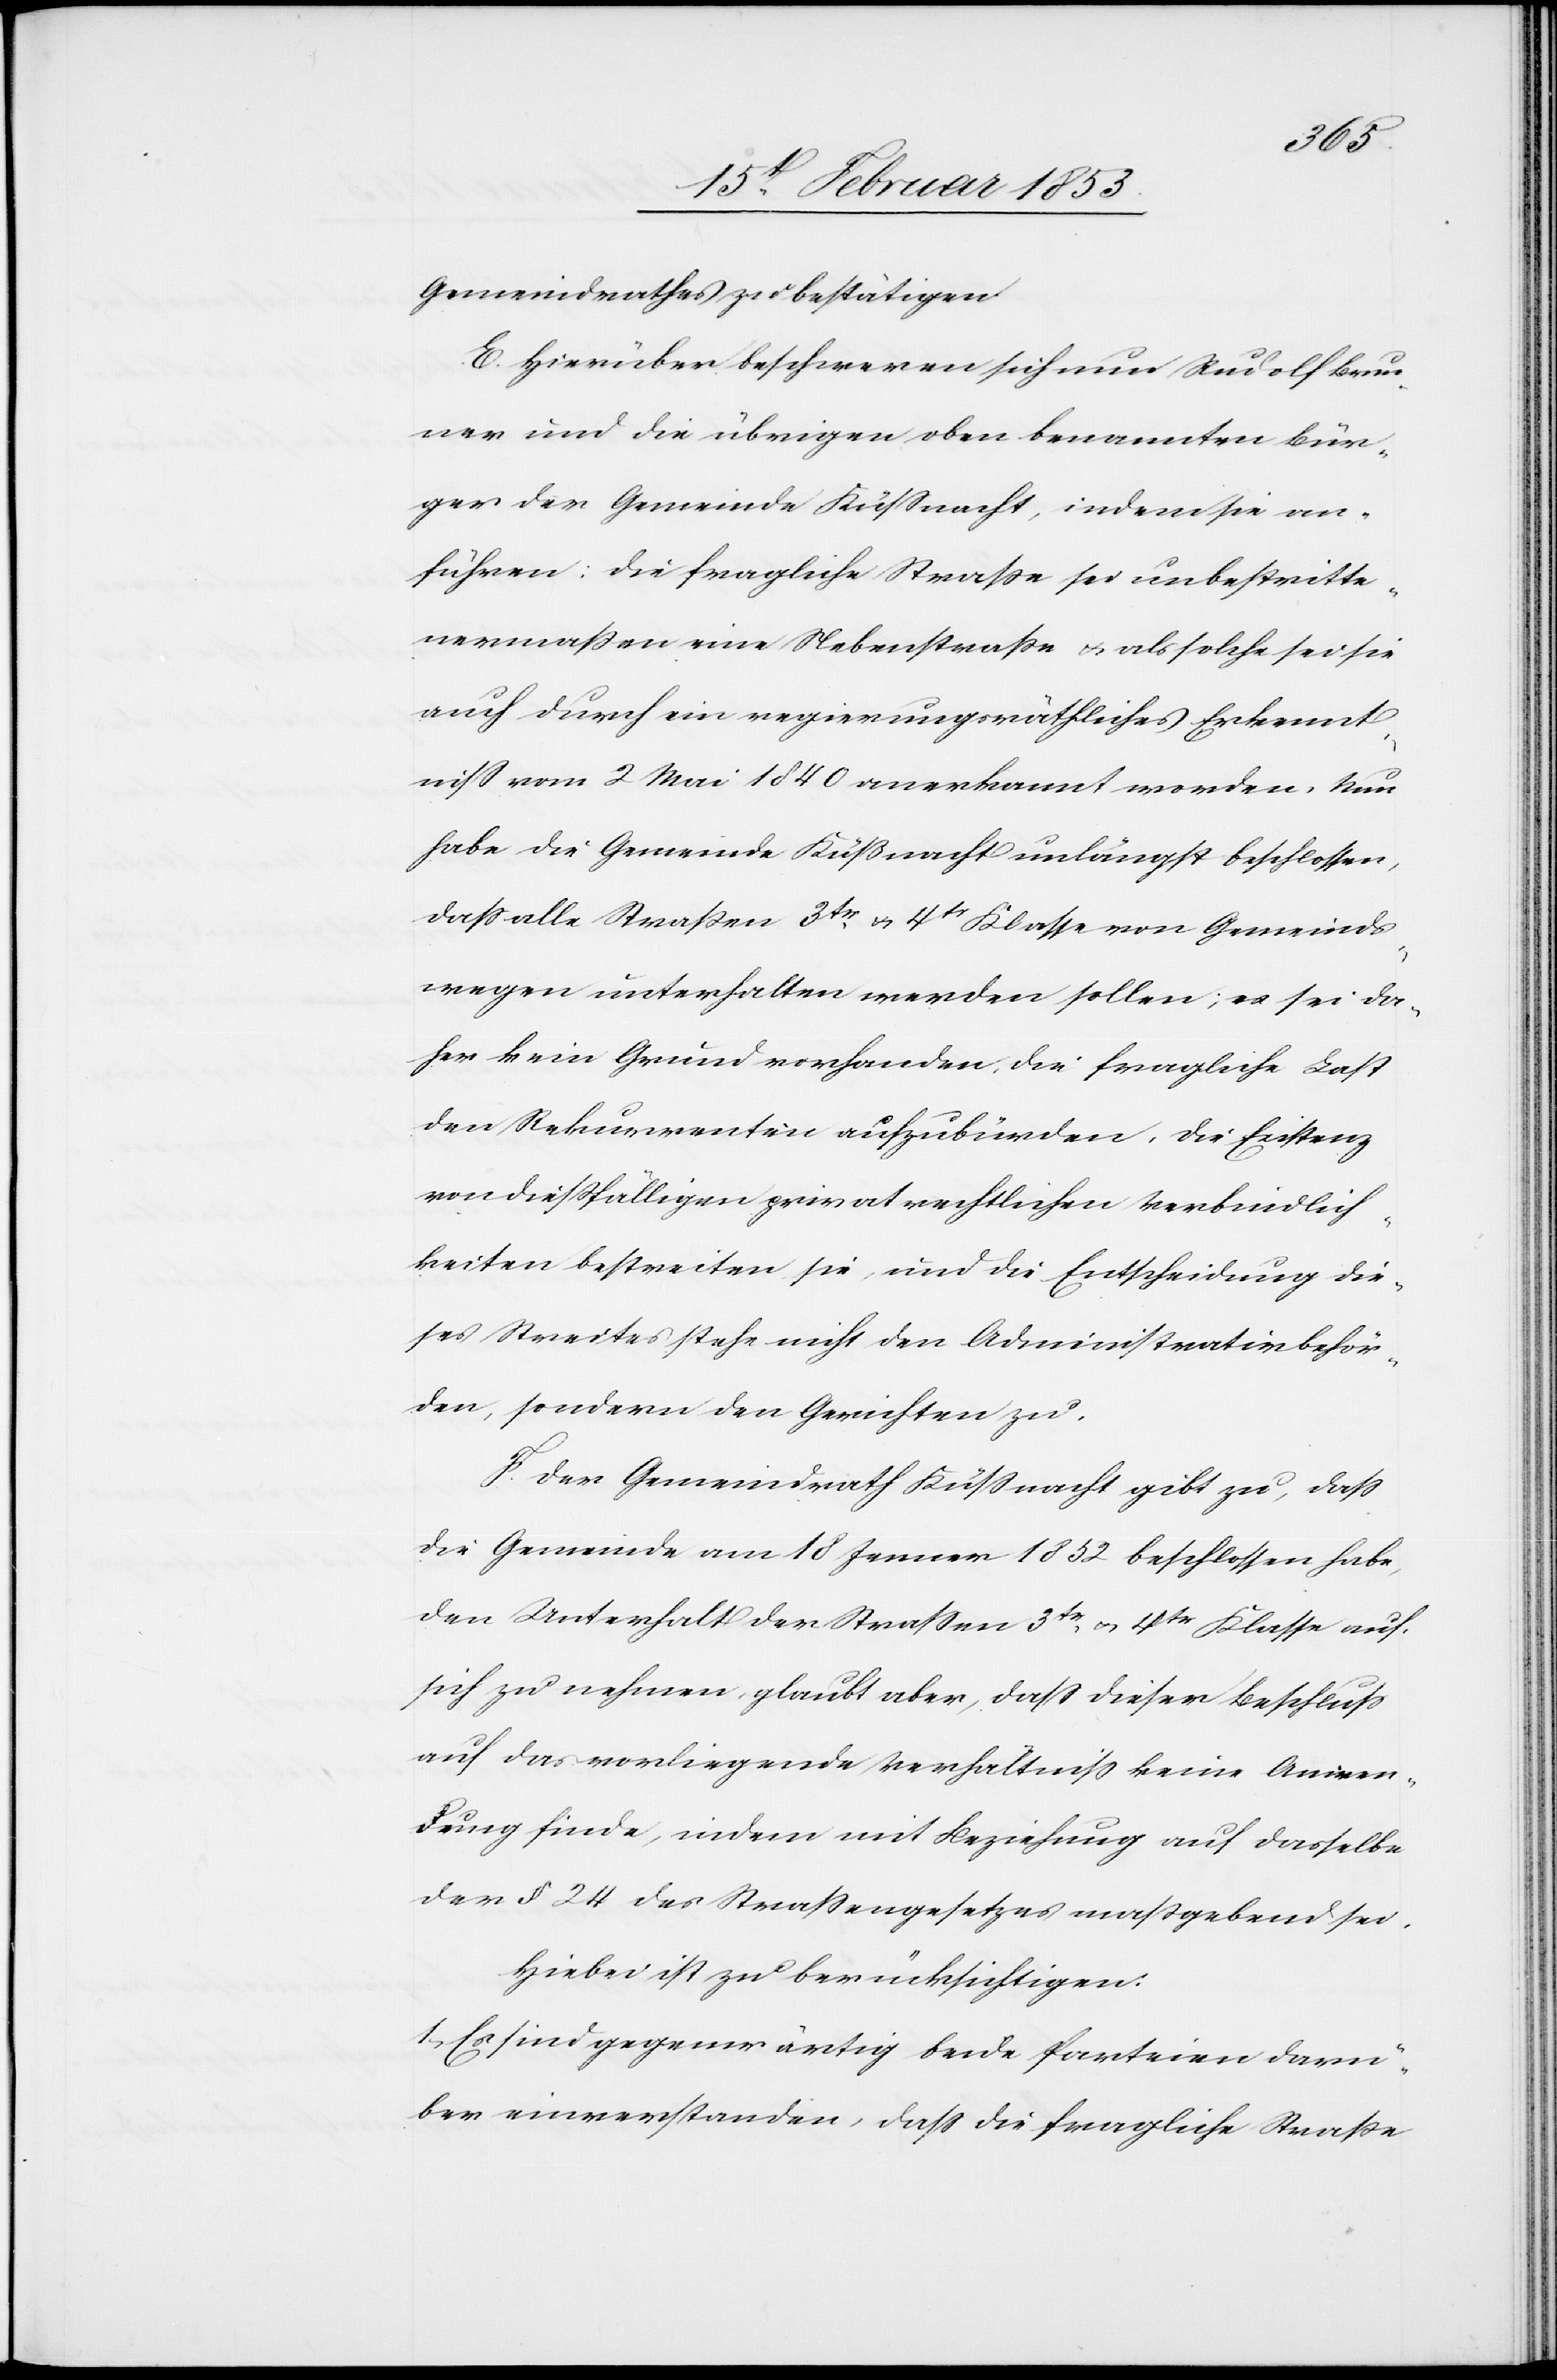
Gemeindrathes zu bestätigen.
E. Hierüber beschweren sich nun Rudolf Brun¬
ner und die übrigen oben benannten Bür¬
ger der Gemeinde Küsnacht, indem sie an¬
führen: die fragliche Straße sei unbestritte¬
nermaßen eine Nebenstraße u. als solche sei sie
auch durch ein regierungsräthliches Erkennt¬
niß vom 2 Mai 1840 anerkannt worden. Nun
habe die Gemeinde Küßnacht unlängst beschlossen,
daß alle Straßen 3tr. u. 4tr. Klasse von Gemeinds¬
wegen unterhalten werden sollen, es sei da¬
her kein Grund vorhanden, die fragliche Last
der Rekurrentin aufzubürden, die Existenz
von dießfälligen privatrechtlichen Verbindlich¬
keiten bestreiten sie, und die Entscheidung die¬
ses Streites stehe nicht den Administrativbehör¬
den, sondern den Gerichten zu.
F. Der Gemeindrath Küßnacht gibt zu, daß
die Gemeinde am 18 Jenner 1852 beschlossen habe,
den Unterhalt der Straßen 3tr. u. 4tr. Klasse auf
sich zu nehmen, glaubt aber, daß dieser Beschluß
auf das vorliegende Verhältniß keine Anwen¬
dung finde, indem mit Beziehung auf dasselbe
der § 24 des Straßengesetzes maßgebend sei.
Hiebei ist zu berücksichtigen:
1, Es sind gegenwärtig beide Parteien darü¬
ber einverstanden, daß die fragliche Straße